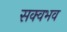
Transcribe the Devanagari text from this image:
सक्वभव